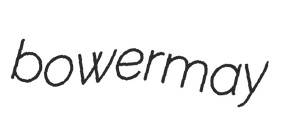
bowermay